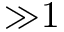
{ \gg } 1